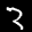
Label: 3